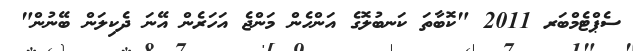
ސެޕްޓެމްބަރ 2011 "ކޮބާތަ ކަނބުލޮގެ އަންހެން މަންޖެ އަހަރެން އޭނަ ދެކިލަން ބޭނުން"